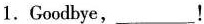
1. Goodbye,___!